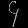
Digit: ၄